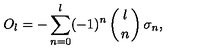
O _ { l } = - \sum _ { n = 0 } ^ { l } ( - 1 ) ^ { n } \left( { l \atop n } \right) \sigma _ { n } ,